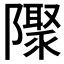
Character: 𨽁